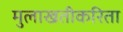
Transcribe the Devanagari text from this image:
मुलाखतीकरिता